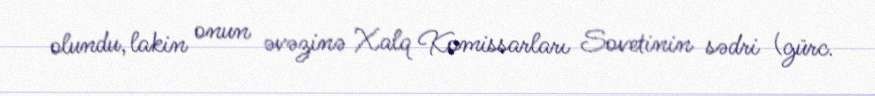
olundu, lakin onun əvəzinə Xalq Komissarları Sovetinin sədri (gürc.